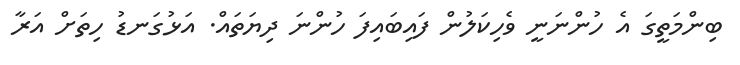
ބިންމަތީގަ އެ ހުންނަނީ ވެހިކަލުން ފައިބައިފަ ހުންނަ ދިޔަތައް. އަޅުގަނޑު ހިތަށް އަރާ